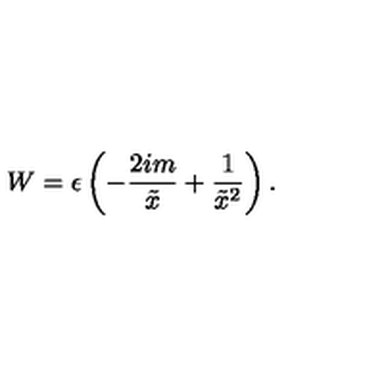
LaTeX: W = \epsilon \left( - \frac { 2 i m } { \tilde { x } } + \frac { 1 } { \tilde { x } ^ { 2 } } \right) .